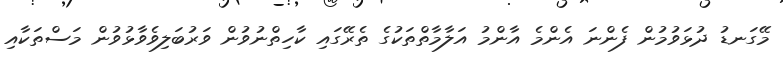
މޭގަނޑު ދުޅަވުމުން ފެންނަ އެންމެ އާންމު އަލާމާތްތަކުގެ ތެރޭގައި ކާހިތްނުވުން ވަރުބަލިވެވާޅުވުން މަސްތަކާއި